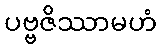
ပဗ္ဗဇိဿာမဟံ